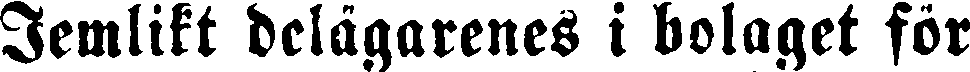
lemlikt delägarenes i bolaget för